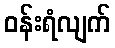
ဝန်းရံလျက်